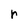
Character: r